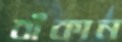
বাঁকান